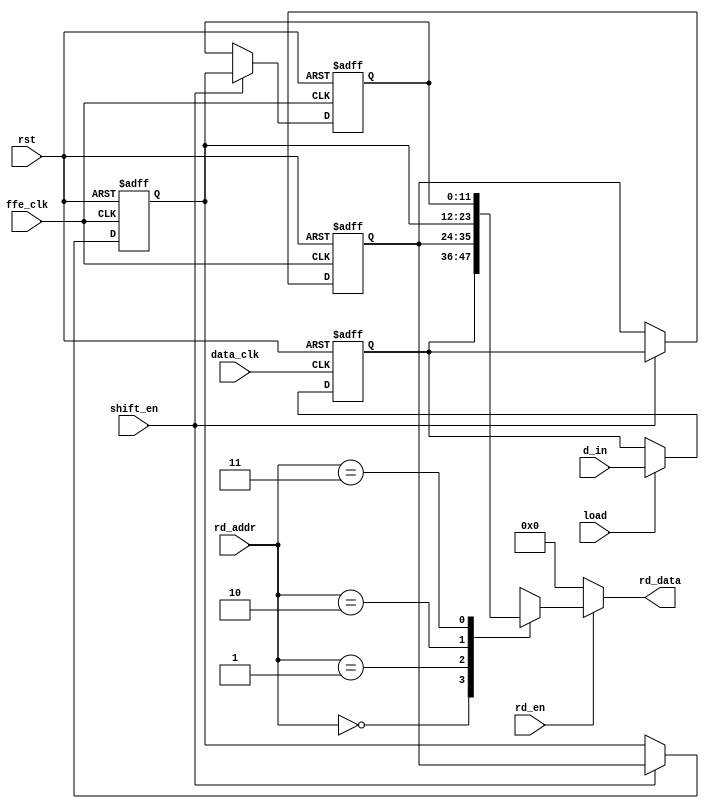
/* -----------------------------------------------------------------------------
   Copyright (c) 2024 FFE implementation Digital design course final project
   -----------------------------------------------------------------------------
   FILE NAME : register_file.v
   DEPARTMENT : FFE
   AUTHOR : Omar Muhammad
   AUTHORS EMAIL : omarmuhammadmu0@gmail.com
   -----------------------------------------------------------------------------
   RELEASE HISTORY
   VERSION  DATE        AUTHOR      DESCRIPTION
   1.0      2024-06-05  Omar        initial version
   -----------------------------------------------------------------------------
   KEYWORDS : FFE
   -----------------------------------------------------------------------------
   PURPOSE : Memory that deals with reception of the data
   -----------------------------------------------------------------------------
   PARAMETERS
   PARAM NAME           : RANGE   : DESCRIPTION         : DEFAULT   : UNITS
   IN_OUT_BUS_WIDTH     : N/A     : Input and output    : 12        : bits
                                    width              
   -----------------------------------------------------------------------------
   REUSE ISSUES
   Reset Strategy   : Asynch rst
   Clock Domains    : N
   Critical Timing  : N/A
   Test Features    : N/A
   Asynchronous I/F : N/A  
   Scan Methodology : N/A
   Instantiations   : N/A
   Synthesizable    : Y
   Other            : N/A
   -FHDR------------------------------------------------------------------------*/
module register_file #(
    parameter   IN_OUT_BUS_WIDTH = 12,
                DEPTH = 4,
                ADDR_SIZE = $clog2(DEPTH)
)(
    /* ----------- inputs -----------*/
    input  wire                                 ffe_clk,
    input  wire                                 data_clk,
    input  wire                                 rst,
    input  wire                                 load,
    input  wire                                 shift_en,
    input  wire                                 rd_en,
    input  wire        [ADDR_SIZE-1:0]          rd_addr,
    input  wire signed [IN_OUT_BUS_WIDTH-1:0]   d_in,
    /* ----------- outputs -----------*/
    output wire signed [IN_OUT_BUS_WIDTH-1:0]   rd_data
);
/* ----------------------------------
  Internal connections and components
 ----------------------------------*/
reg signed [IN_OUT_BUS_WIDTH-1:0]   data_in_mem [DEPTH-1:0];
integer i;
/* ----------------------------------
    Storing data in memory logic
 ----------------------------------*/
always @(posedge data_clk or negedge rst) begin
    if(!rst) begin
        data_in_mem[0] <= 'b0;
    end else begin
        if(load) begin
            data_in_mem[0]  <=  d_in;
        end
    end
end
always @(posedge ffe_clk or negedge rst) begin
    if(!rst) begin
        for(i = 1; i < DEPTH; i = i + 1) begin
            data_in_mem[i] <= 'b0;
        end
    end else begin
        if(shift_en) begin
            for(i = 1; i<DEPTH; i = i + 1) begin
                data_in_mem[i] <= data_in_mem[i - 1];
            end
        end
    end
end
/* ----------------------------------
    Reading data from memory logic
 ----------------------------------*/
assign rd_data = (rd_en)? data_in_mem[rd_addr]: 'b0;
endmodule
/* ---------------- End of file  ---------------- */